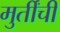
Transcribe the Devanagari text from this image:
मुर्तींची